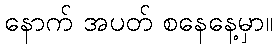
နောက် အပတ် စနေနေ့မှာ။